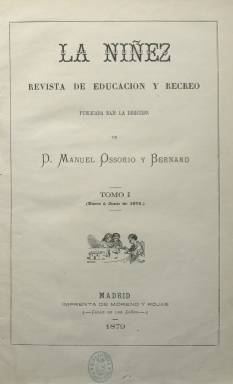
Título: La Niñez (Madrid)
Colección: Revistas infantiles
Ámbito geográfico: Madrid
Lugar de publicación: Madrid
Fechas: 01/01/1879-31/12/1882

Editada por Manuel Ossorio y Bernard, quien junto con Carlos Frontaura fue el principal promotor de la prensa infantil en la segunda mitad del siglo XIX, esta publicación estuvo viva durante cuatro años, a partir de 1879, hasta que, según el propio Ossorio, feneció por la falta de motivación de los mayores. Las suscripciones no eran suficientes para sostener los gastos.

   Con 16 páginas a dos columnas y grabados xilográficos intercalados, La Niñez se publicaba los días 5, 15 y 25 de cada mes y durante su andadura contó con la colaboración de, entre otras plumas, la de Emilia Pardo Bazán y Juan Eugenio Hartzenbusch. Entre los dibujantes figuraron Livinio Stuyck y Ana Elgueta.

  En su primer número de enero de 1879, Ossorio daba cuenta de su propósito: “Hacer un periódico que sea el mejor amigo de la niñez, que le instruya deleitándole y que sea guía desinteresado que le encamine al bien, forme su inteligencia y conserve puros los nobles sentimientos de su alma”.

  El propio Ossorio participaba en la redacción con poemas en los que la moral cristiana estaba siempre presente, aunque también escribiendo temas didácticos con los que pretendía introducir a los niños en el mundo de los adultos, como con sus ‘Cartas a un niño sobre la economía política’, en la que explicaba qué cosas eran oferta, demanda, valor y precio.

  La publicación contaba con secciones fijas: ‘Arte’, ‘Conversaciones de un padre con sus hijos’, llevada por Ramón de Campoamor, ‘Pensamientos morales’, ‘Educación y recreo’ , en tono de humor, ‘Actualidades’ y ‘Notabilidades infantiles’. En este último apartado  se destacaban los logros infantiles. Así, por ejemplo , en uno de los números se da cuenta del premio de la Escuela Nacional de Música logrado por la niña de 9 años Concepción López y Nogués por sus notables progresos en el piano.

    En julio de 1879 la revista dio noticia de la inauguración en Madrid por el Rey de los primeros Jardines de la Infancia en España para niños de ambos sexos de entre 3 y 8 años, centros que seguían el avanzado método pedagógico de las escuelas Froebel.

    Hay más información sobre esta publicación en la obra de Mercedes Chivelet  La prensa infantil en España. Desde el siglo XVIII hasta nuestros días, de la Fundación SM.

[Descripción publicada el 5/6/2018]